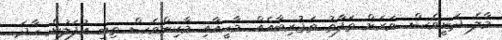
މާލެ ދަނީވެސް. ވަރަށް ތަފާތު ތަޖުރިބާއެއް. މާހީއާއި މާކިންވެސް ތިބީ އުފަލުން ހާދަ